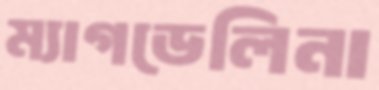
ম্যাগডেলিনা